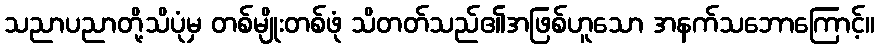
သညာပညာတို့သိပုံမှ တစ်မျိုးတစ်ဖုံ သိတတ်သည်၏အဖြစ်ဟူသော အနက်သဘောကြောင့်။